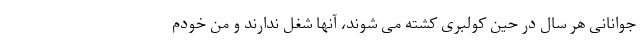
جوانانی هر سال در حین کولبری کشته می شوند، آنها شغل ندارند و من خودم